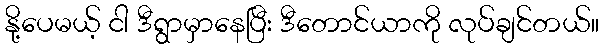
နို့ပေမယ့် ငါ ဒီရွာမှာနေပြီး ဒီတောင်ယာကို လုပ်ချင်တယ်။